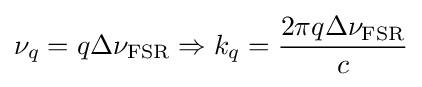
\nu _{q}=q\Delta \nu _{\rm {FSR}}\Rightarrow k_{q}={\frac {2\pi q\Delta \nu _{\rm {FSR}}}{c}}